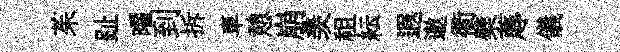
茱趾曜到拆車憩崩羡祖紜遐邀衢檗蓐儀